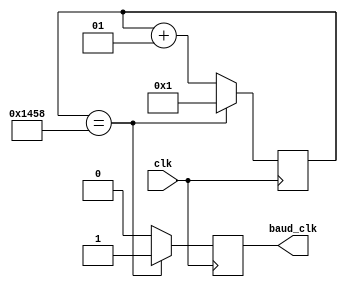
`timescale 1ns / 1ps
//////////////////////////////////////////////////////////////////////////////////
// Company: 
// Engineer: 
// 
// Design Name: 
// Module Name: baud_gen
// Project Name: 
// Target Devices: 
// Tool Versions: 
// Description: 
// 
// Dependencies: 
// 
// Revision:
// Revision 0.01 - File Created
// Additional Comments:
// 
//////////////////////////////////////////////////////////////////////////////////


module baud_gen #(parameter baud_rate = 19200) (input clk,
                output baud_clk
    );
    
    reg tick;
    integer baud_target, counter;
    
    initial
    begin
        baud_target = 100_000_000/baud_rate;
        counter = 0;
    end
    
    always @ (posedge clk)
    begin
  
        if (counter == baud_target)
        begin
            tick <= 1'b1;
            counter <= 1;
        end
        
        else
        begin
            tick <= 1'b0;
            counter <= counter + 1;
        end
        
    end
    
    assign baud_clk = tick;
    
endmodule